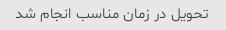
تحویل در زمان مناسب انجام شد